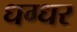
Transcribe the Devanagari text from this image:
धग्धर